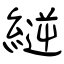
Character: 縌